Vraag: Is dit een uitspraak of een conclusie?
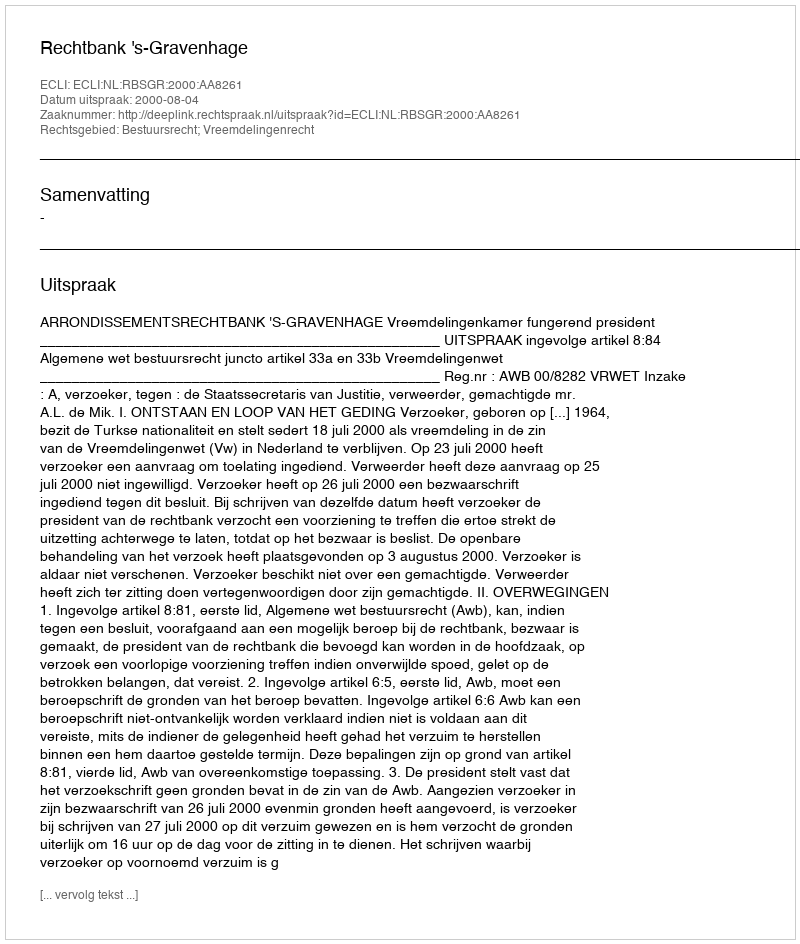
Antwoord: Uitspraak